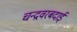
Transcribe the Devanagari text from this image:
चन्द्रवरबदाई